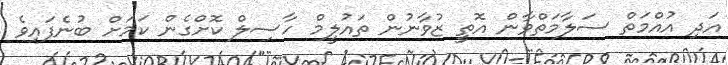
އަދި އުއްމަތް ސަލާމަތްވާން އޮތީ ޒުވާނުން ތައުލީމް ހާސިލް ކޮށްގެން ކަމަށް ބުނެފައިވެ